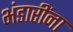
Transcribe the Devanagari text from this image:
भंडारींना